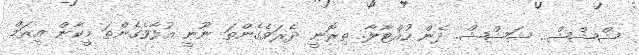
ޝްޝްޝް.. ޝަޝްޝް. ދެން ހުއްޓާލާ. ތިރޮނީ ދެރަވެގެންތަ ނޫނީ އުފާވެގެންތަ މީކާން އީރަމް